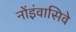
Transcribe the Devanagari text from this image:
नोंइंवासिवे